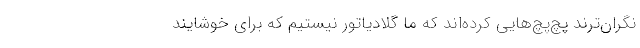
نگران‌تر‌ند پچ‌پچ‌هایی کرده‌اند که ما گلادیاتور نیستیم که برای خوشایند